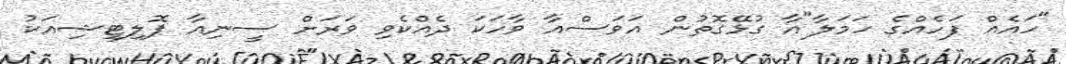
"ހައެއް ފަހެއްގެ ހަމަލާ"އާ ގުޅޭގޮތުން އަވަސްއާ ވާހަކަ ދެއްކެވި ވަރަށް ސީނިއާ ޕޮލިޓީޝިއަކު